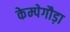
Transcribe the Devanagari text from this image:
केम्पेगौड़ा